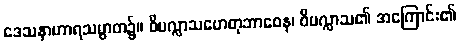
ဒေသနာဟာရသမ္ပာတ၌။ ဝိပလ္လာသဟေတုဘာဝေန၊ ဝိပလ္လာသ၏ အကြောင်း၏